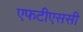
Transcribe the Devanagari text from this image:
एफटीएससी